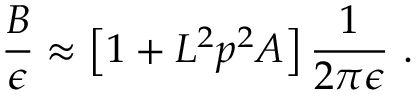
{ \frac { B } { \epsilon } } \approx \left[ 1 + L ^ { 2 } p ^ { 2 } A \right] { \frac { 1 } { 2 \pi \epsilon } } ~ .